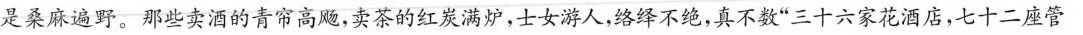
是桑麻遍野。那些卖酒的青帘高飚，卖茶的红炭满炉，士女游人，络绎不绝，真不数”三十六家花酒店，七十二座管